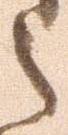
之